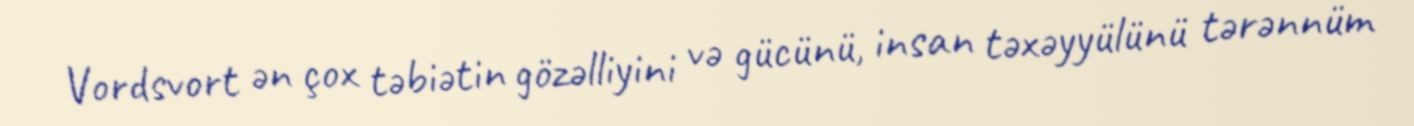
Vordsvort ən çox təbiətin gözəlliyini və gücünü, insan təxəyyülünü tərənnüm